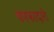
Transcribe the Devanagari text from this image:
वपफादारी